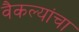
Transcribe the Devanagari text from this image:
वैकल्यांचा